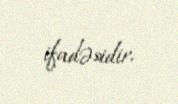
ifadəsidir.